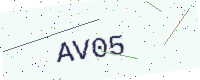
Text: AV05